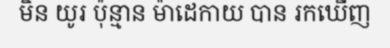
មិន យូរ ប៉ុន្មាន ម៉ាដេកាយ បាន រកឃើញ